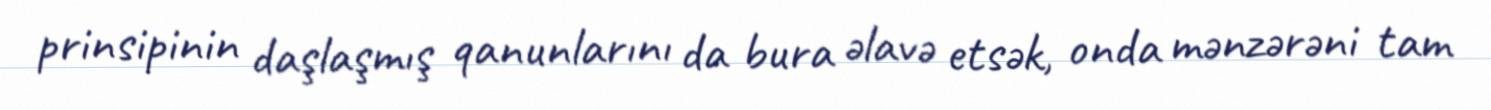
prinsipinin daşlaşmış qanunlarını da bura əlavə etsək, onda mənzərəni tam